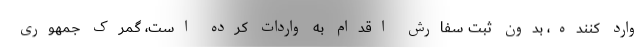
وارد کننده، بدون ثبت سفارش اقدام به واردات کرده است، گمرک جمهوری